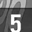
Digit: 5